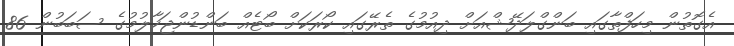
އެގޮތުން މިހަފްތާގައި ބަންގްލަދޭޝްއަށް ދިއުމުގެ ތެރޭގައި ކޯރަކަށް ބޯޓެއް ބަންޑުންޖަހާލުމުގެ ސަބަބުން 86